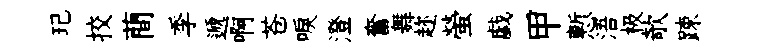
玘挍蕳季遞啊苍唳澄奮舞趂螢戯甲慙浯极欹踈